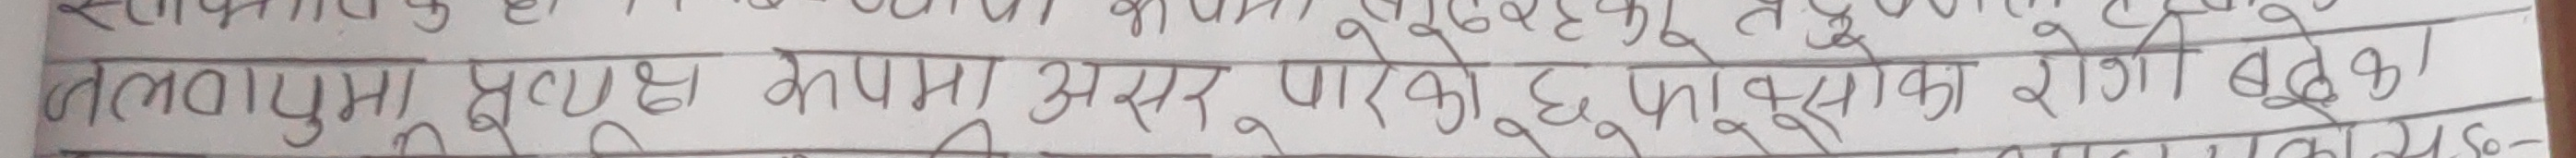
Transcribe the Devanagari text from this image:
जलवायुमा सूक्ष्म जीवनमा असर पारेको छू पुसाका रोगमा बुढेका का